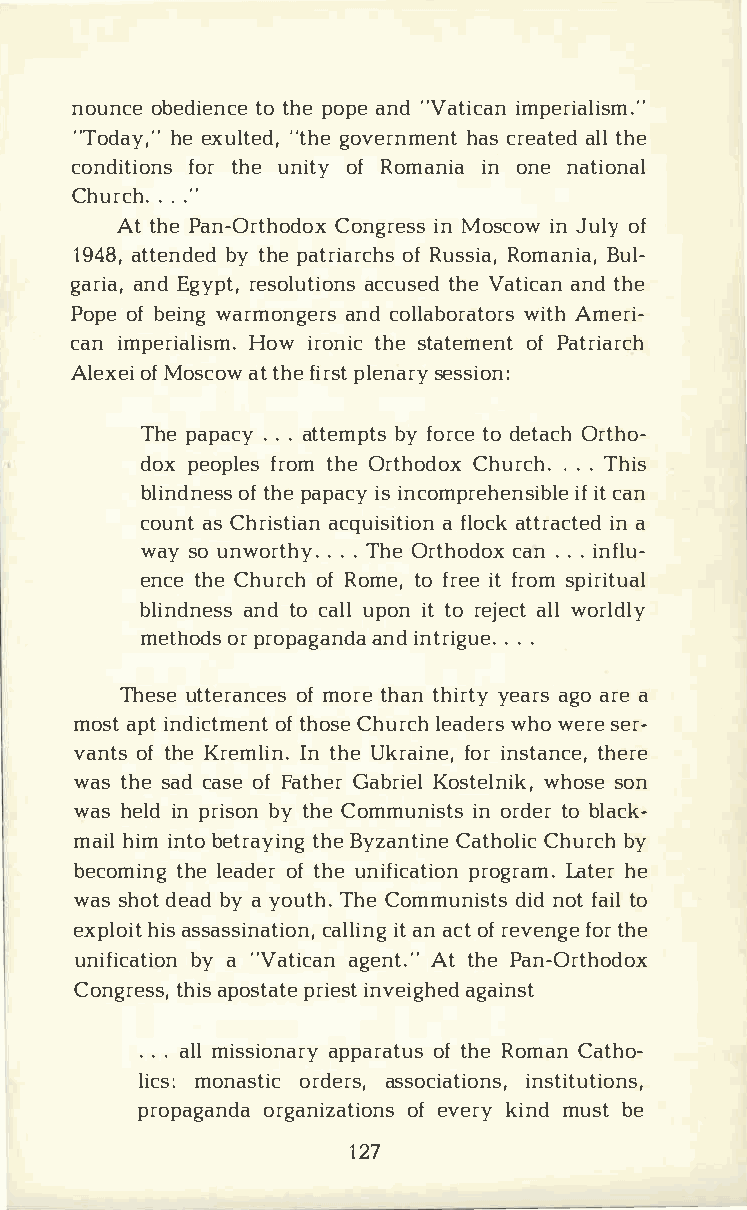
nounocbee diteotn hcpeeo paen d" Vatiimcpaenr ialism."
 "Todhaeye ,x"u l"ttehdge,o vernhmaecsnr te aatltelhd e
 conditfiotorhn eus n iotfyR omaniinoa n en ational
 Chur.c.h." .
 Att hPea n-OrtChoondgorixenM s oss cionwJ uloyf
 194a8t,t enbdyte hdpe a triaRrucshssRi oaom,fa nBiual,­
 garainaEd,g yprte,s oluatcicoutnshseVe da tiacnatdnh e
 Popoefb eiwnagr monagnecdro sl labwoirtaAhtm oerrsi ­
 cani mperiHaolwii srmo.tn hisect ateomfeP natt riarch
 AlexoefMi o scaottwh fei prlsetn saersys ion:
 Thep apa.c.ya. t tembpyft osrt code e taOcrht ho­
 doxp eopflreostm h Oer thoCdhouxr. c.h.T .h is
 blindonfte hpseas p aicisyn compreihifect na sni ble
 couansCt h risatciqauni asf iltoiacotknt raicnat ed
 ways ou nwor.t.h.Ty.h Oer thocdao.nx. i .n flu­
 encteh Ceh urocfRh o met,of reifetr osmp iritual
 blindannedts ocs a ulplo intt or ejaelcwlto rldly
 methoorpd rso pagaanindnd tar .i.g.u.e
 Theustet eroafmn ocretseh atnh iyretayar gsao r ae
 mosatpi tn dicotftm heonCsthe u rlceha dwehrows e rsee r­
 vanotfts h Ker emlIintn h.Ue k raifnoiern, s tatnhceer,e
 wast hsea cda soefF athGearb rKioeslt ewlhnoisskeo, n
 wash elidnp risboytn h Ceo mmuniinos rtdste obr l ack­
 maihli imn btoe tratyhiBeny gz anCtaitnheCo hluircc h by
 becomtihnlege adoeftr hu en ifipcraotgiroLanam th.ee r
 wassh ot  daey aodu Ttbhhye.C ommundiisndto sft a tiol
 explhoiaisst s assicnaaltliiaitonn an gco, tfr evefnogtreh e
 unificbayat "iVoant iacgaennA tt.t "h Pea n-Orthodox
 Congrtehsaisps,o sptraitieens vte iagghaeidn st
 ..a.l mli ssioanpaprayro aftt huReso maCna tho­
 licmso:n asotridce arsss,o ciaitnisotnist,u tions,
 propagoarngdaan izoafet vieokrniysn mdu sbte
 127